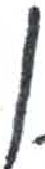
אות: ן